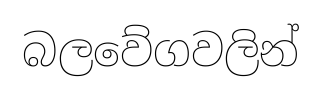
බලවේගවලින්